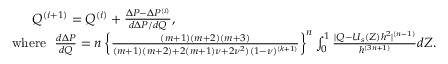
\begin{array} { r } { Q ^ { ( i + 1 ) } = Q ^ { ( i ) } + \frac { \Delta P - \Delta P ^ { ( i ) } } { d \Delta P / d Q } , ~ ~ ~ ~ ~ ~ ~ ~ ~ ~ ~ ~ ~ ~ ~ ~ ~ ~ ~ ~ ~ ~ ~ ~ ~ ~ ~ ~ ~ ~ ~ ~ ~ ~ ~ ~ ~ ~ ~ ~ ~ ~ ~ ~ ~ ~ ~ ~ ~ ~ ~ ~ ~ ~ ~ ~ ~ ~ ~ ~ ~ ~ ~ } \\ { \mathrm { w h e r e } ~ ~ \frac { d \Delta P } { d Q } = n \left\{ \frac { ( m + 1 ) ( m + 2 ) ( m + 3 ) } { ( m + 1 ) ( m + 2 ) + 2 ( m + 1 ) \nu + 2 \nu ^ { 2 } ) ( 1 - \nu ) ^ { ( k + 1 ) } } \right\} ^ { n } \int _ { 0 } ^ { 1 } \frac { | Q - U _ { s } ( Z ) h ^ { 2 } | ^ { ( n - 1 ) } } { h ^ { ( 3 n + 1 ) } } d Z . ~ ~ ~ ~ } \end{array}